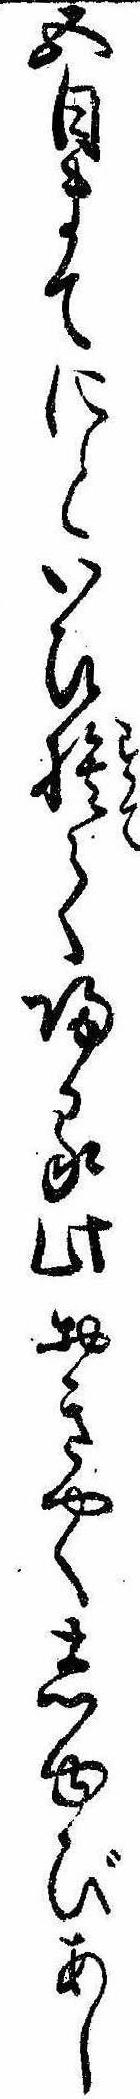
五日まてにといひ捨て帰る此おきやくしゆびあし